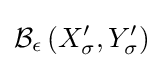
{\mathcal {B}}_{\epsilon }\left(X_{\sigma }^{\prime },Y_{\sigma }^{\prime }\right)